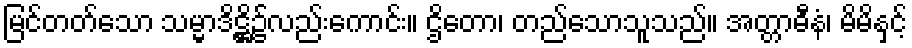
မြင်တတ်သော သမ္မာဒိဋ္ဌိ၌လည်းကောင်း။ ဌိတော၊ တည်သောသူသည်။ အတ္တာဓီနံ၊ မိမိနှင့်